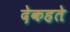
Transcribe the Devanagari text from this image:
देकहते